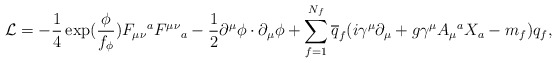
\begin{align*}{\cal L}=-\frac{1}{4}\exp(\frac{\phi}{f_\phi})F_{\mu\nu}{}^a F^{\mu\nu}{}_a-\frac{1}{2}\partial^\mu\phi\cdot\partial_\mu\phi+\sum_{f=1}^{N_f}\overline{q}_f(i\gamma^\mu\partial_\mu +g\gamma^\mu A_\mu{}^a X_a -m_f)q_f,\end{align*}